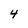
Character: 4